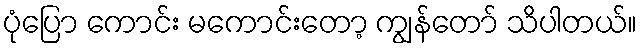
ပုံပြော ကောင်း မကောင်းတော့ ကျွန်တော် သိပါတယ်။